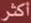
اكثر